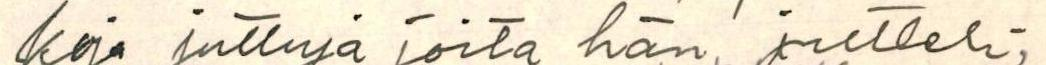
koja juttuja, joita hän jutteli.